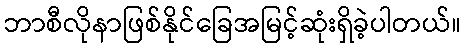
ဘာစီလိုနာဖြစ်နိုင်ခြေအမြင့်ဆုံးရှိခဲ့ပါတယ်။